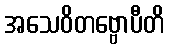
အသေဝိတဗ္ဗောပီတိ